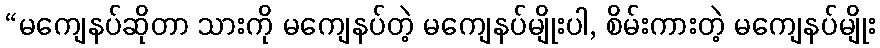
“မကျေနပ်ဆိုတာ သားကို မကျေနပ်တဲ့ မကျေနပ်မျိုးပါ, စိမ်းကားတဲ့ မကျေနပ်မျိုး